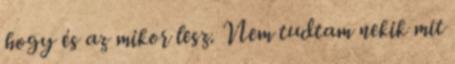
hogy és az mikor lesz. Nem tudtam nekik mit